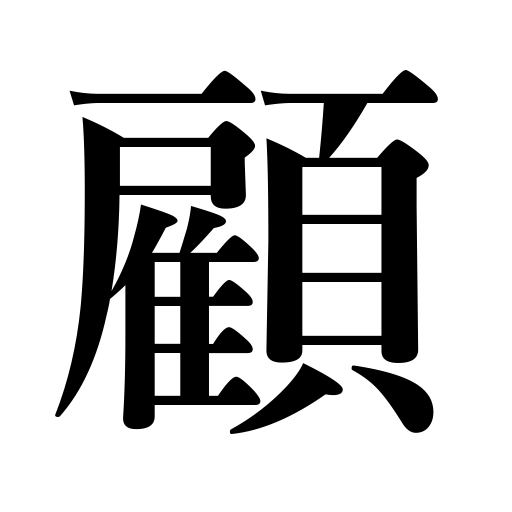
Meanings: look back,take notice of,look back upon,examine oneself,turn around,review